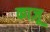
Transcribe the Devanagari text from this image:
काज़ू